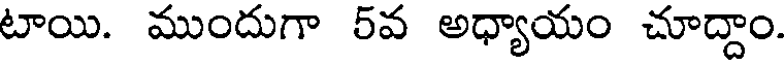
టాయి. ముందుగా 5వ అధ్యాయం చూద్దాం.